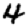
Digit: 4